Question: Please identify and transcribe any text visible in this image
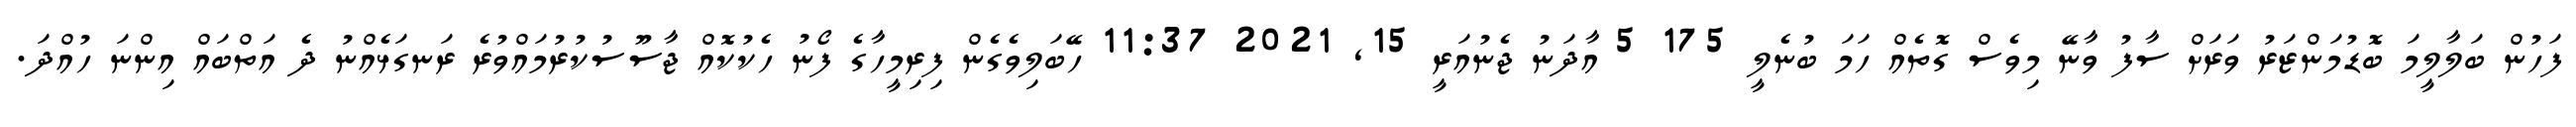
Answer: ފަހުން ބަލާލީމަ ބޮޑުމަންޒަރު ވަރަށް ސާފު ވާނޭ މިވެސް ގޮތެއް ހަމަ ބުނެލީ 175 5 އާދަނު ޖެނުއަރީ 15, 2021 11:37 ހޭބަލިވެގެން ފިރިމީހާގެ ފޯނު ހެކުކޮއް ޖާސޫސުކުރުމައްވުރެ ރަނގަޅެއްނު ދެ އަތްބައް އިންނަ ހުއްދަ.